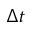
\Delta t